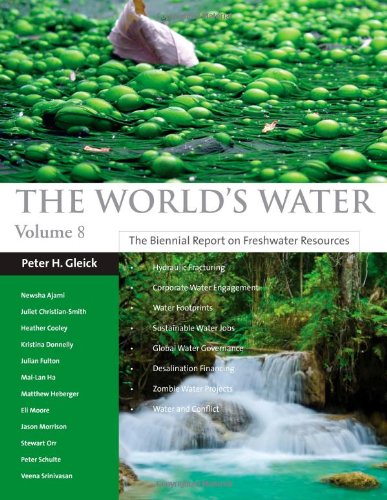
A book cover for The World's Water Volume 8: The Biennial Report on Freshwater Resources; Peter H. Gleick; Science & Math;